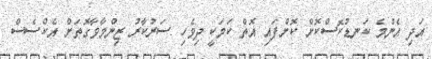
އަދި އެންމެ ކަނޑުކޮސްކޮށް ކޮށްފައި އޮތް ކަމަކީ ދިވެހި ސަރުކާރު ޒިންމާވާގޮތަށް އެކްސެސް